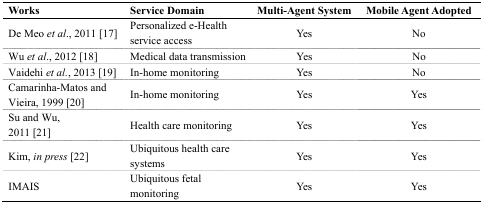
<table><thead><tr><td><b>Works</b></td><td><b>Service Domain</b></td><td><b>Multi-Agent System</b></td><td><b>Mobile Agent Adopted</b></td></tr></thead><tbody><tr><td>De Meo <i>et al</i>., 2011 [17]</td><td>Personalized e-Health service access</td><td>Yes</td><td>No</td></tr><tr><td>Wu <i>et al</i>., 2012 [18]</td><td>Medical data transmission</td><td>Yes</td><td>No</td></tr><tr><td>Vaidehi <i>et al.</i>, 2013 [19]</td><td>In-home monitoring</td><td>Yes</td><td>No</td></tr><tr><td>Camarinha-Matos and Vieira, 1999 [20]</td><td>In-home monitoring</td><td>Yes</td><td>Yes</td></tr><tr><td>Su and Wu, 2011 [21]</td><td>Health care monitoring</td><td>Yes</td><td>Yes</td></tr><tr><td>Kim, <i>in press</i> [22]</td><td>Ubiquitous health care systems</td><td>Yes</td><td>Yes</td></tr><tr><td>IMAIS</td><td>Ubiquitous fetal monitoring</td><td>Yes</td><td>Yes</td></tr></tbody></table>